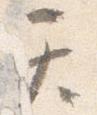
て